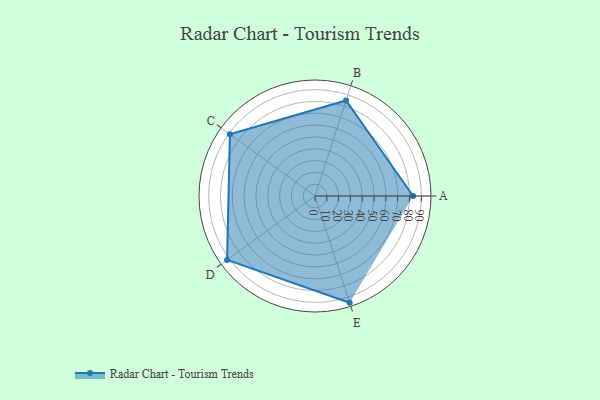
{"axis": {"x": "Skill", "y": "Score"}, "legend": ["Profile"], "data": [{"x": "A", "y": 83.0, "type": "Profile"}, {"x": "B", "y": 85.0, "type": "Profile"}, {"x": "C", "y": 89.0, "type": "Profile"}, {"x": "D", "y": 92.0, "type": "Profile"}, {"x": "E", "y": 95.0, "type": "Profile"}]}